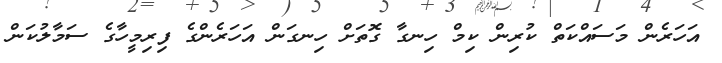
އަހަރެން މަސައްކަތް ކުރިން ކިމް ހިނގާ ގޮތަށް ހިނގަން އަހަރެންގެ ފިރިމީހާގެ ސަމާލުކަން